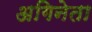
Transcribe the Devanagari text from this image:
अगिनेता